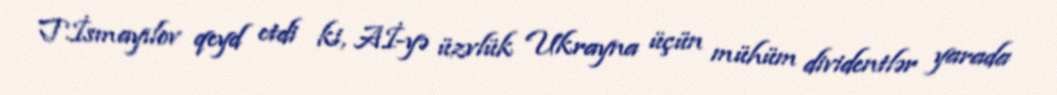
T.İsmayılov qeyd etdi ki, Aİ-yə üzvlük Ukrayna üçün mühüm dividentlər yarada